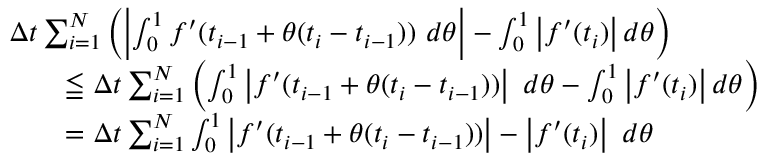
{ \begin{array} { r l } & { \Delta t \sum _ { i = 1 } ^ { N } \left( \left| \int _ { 0 } ^ { 1 } f ^ { \prime } ( t _ { i - 1 } + \theta ( t _ { i } - t _ { i - 1 } ) ) \ d \theta \right| - \int _ { 0 } ^ { 1 } \left| f ^ { \prime } ( t _ { i } ) \right| d \theta \right) } \\ & { \qquad \leqq \Delta t \sum _ { i = 1 } ^ { N } \left( \int _ { 0 } ^ { 1 } \left| f ^ { \prime } ( t _ { i - 1 } + \theta ( t _ { i } - t _ { i - 1 } ) ) \right| \ d \theta - \int _ { 0 } ^ { 1 } \left| f ^ { \prime } ( t _ { i } ) \right| d \theta \right) } \\ & { \qquad = \Delta t \sum _ { i = 1 } ^ { N } \int _ { 0 } ^ { 1 } \left| f ^ { \prime } ( t _ { i - 1 } + \theta ( t _ { i } - t _ { i - 1 } ) ) \right| - \left| f ^ { \prime } ( t _ { i } ) \right| \ d \theta } \end{array} }